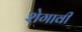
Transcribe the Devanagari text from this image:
शेगावी